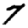
Digit: 7